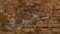
تحرق